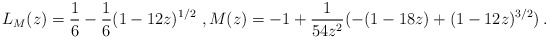
\begin{align*}L_M(z) = \frac 16 - \frac 16 (1- 12z )^{1/2} ~,M(z) = -1 + \frac{1}{54z^2}(-(1-18z)+(1-12z)^{3/2})\, .\end{align*}